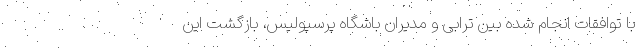
با توافقات انجام شده بین ترابی و مدیران باشگاه پرسپولیس، بازگشت این